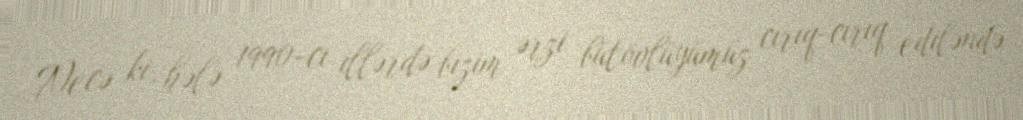
Necə ki, hələ 1990-cı illərdə bizim ərzi bütövlüyümüz cırıq-cırıq ediləndə